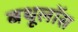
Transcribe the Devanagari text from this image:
बथूलॉस